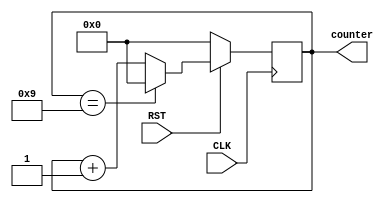
`timescale 1ns / 1ps


module MOD2#(parameter K=4, parameter N=10)(      //parameter K=4, N=10 .
    input CLK,                                             //input CLk RST .
    input RST,
    output reg [K-1:0] counter                              // reg output Kbit counter . 
    );
    
    always @(posedge CLK)                                  // CLK rising edge  always .
    begin                                                  
        if(!RST)                                           // RST 0 .
        begin                                              
        counter <= {K{1'b0}};                              // counter Kbit 0 ,
        end                                                
                                                          
        else                                              
        begin                                             
        if(counter==N-1)                                   // counter N-1 conter Kbit 0 
            counter <= {K{1'b0}};                          // counter Kbit 0 ,
        else                                               
            counter <= counter+1;                          // counter  1 .
        end
    end
endmodule